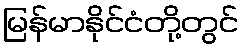
မြန်မာနိုင်ငံတို့တွင်